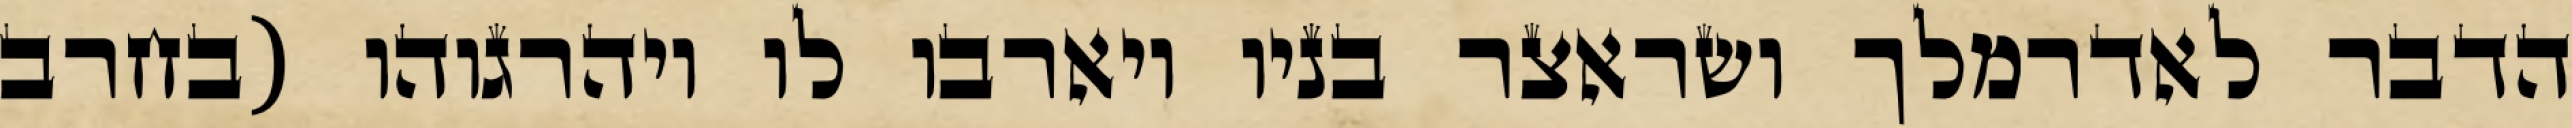
הדבר לאדרמלך ושראצר בניו ויארבו לו ויהרגוהו (בחרב